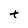
Character: t